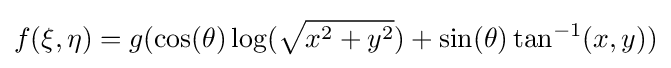
f(\xi ,\eta )=g(\cos(\theta )\log({\sqrt {x^{2}+y^{2}}})+\sin(\theta )\tan ^{-1}(x,y))